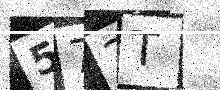
Text: 572T